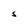
Character: S